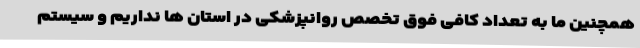
همچنین ما به تعداد کافی فوق تخصص روانپزشکی در استان ها نداریم و سیستم